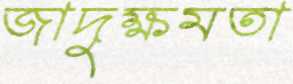
জাদুক্ষমতা